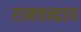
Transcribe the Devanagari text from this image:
रामचन्द्राय